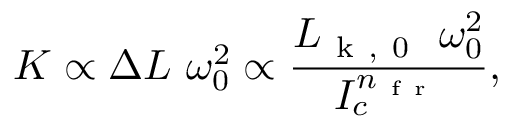
K \propto \Delta L ~ \omega _ { 0 } ^ { 2 } \propto \frac { L _ { \mathrm { ~ k ~ , ~ 0 ~ } } ~ \omega _ { 0 } ^ { 2 } } { I _ { c } ^ { n _ { \mathrm { ~ f ~ r ~ } } } } ,